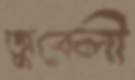
জুবেলী